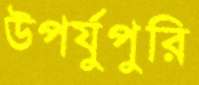
উপর্যুপুরি